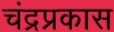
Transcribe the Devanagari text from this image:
चंद्रप्रकास